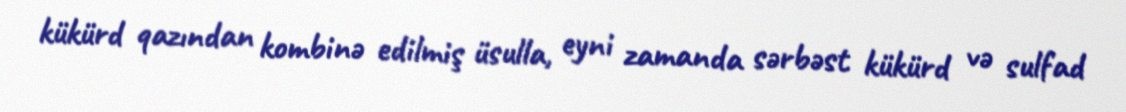
kükürd qazından kombinə edilmiş üsulla, eyni zamanda sərbəst kükürd və sulfad